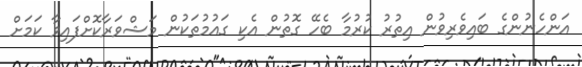
އަންހެނުންގެ ބައިވެރިވުން އިތުރު ކުރުމާ ބެހޭ ގޮތުން އެކި ގައުމުތަކުން މަޝްވަރާކޮށްފައިވާ ކަމަށް